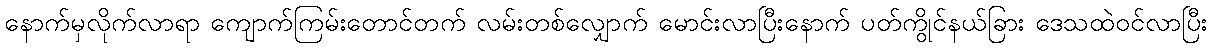
နောက်မှလိုက်လာရာ ကျောက်ကြမ်းတောင်တက် လမ်းတစ်လျှောက် မောင်းလာပြီးနောက် ပတ်ကွိုင်နယ်ခြား ဒေသထဲဝင်လာပြီး